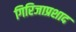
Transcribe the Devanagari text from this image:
गिरिजाप्रशाद